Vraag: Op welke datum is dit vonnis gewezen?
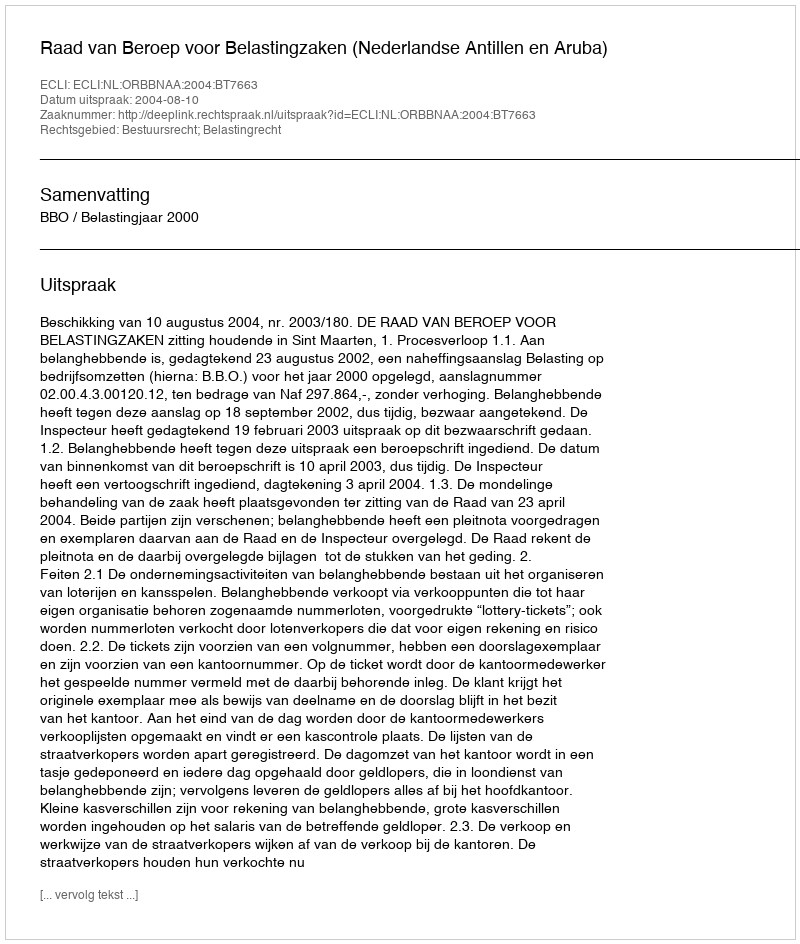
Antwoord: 2004-08-10